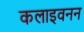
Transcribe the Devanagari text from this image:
कलाइवनन